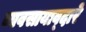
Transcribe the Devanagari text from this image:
व्यवसायाव्दारे